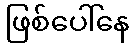
ဖြစ်ပေါ်နေ